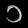
Digit: ၁